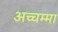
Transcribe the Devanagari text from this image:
अच्चम्मा